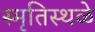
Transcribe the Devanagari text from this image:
स्मृतिस्थळे